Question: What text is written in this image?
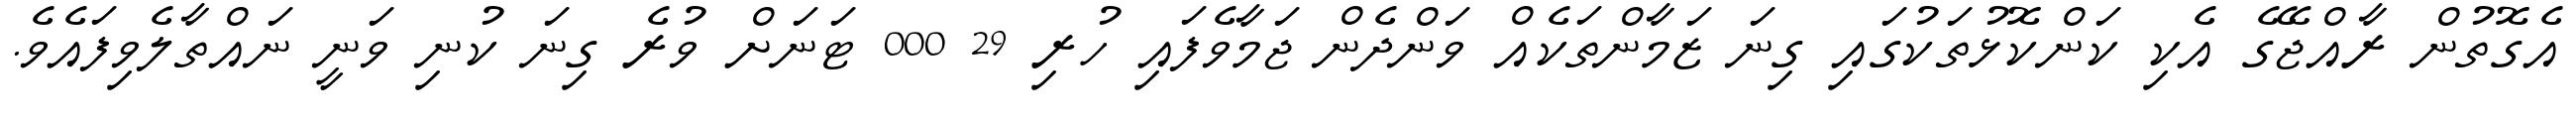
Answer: އެގޮތުން ރާއްޖޭގެ އެކި ކަންކޮޅުތަކުގައި ގިނަ ޒަމާންތަކެއް ވަންދެން ޖަމާވެފައި ހުރި 29 000 ޓަނަށް ވުރެ ގިނަ ކުނި ވަނީ ނައްތާލެވިފައެވެ.